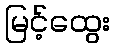
မြင့်ထွေး